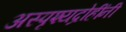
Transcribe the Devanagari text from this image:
अस्पृश्यद्रोहींनी